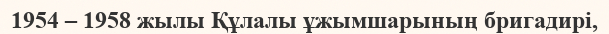
1954 – 1958 жылы Құлалы ұжымшарының бригадирі,